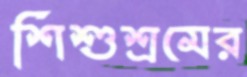
শিশুশ্রমের